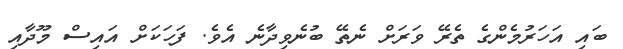
ބައި އަހަރުމެންގެ ތެރޭ ވަރަށް ނެތޭ ބުނެވިދާނެ އެވެ. ފަހަކަށް އައިސް މޫދާއި